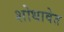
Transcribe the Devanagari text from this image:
शोधावेत